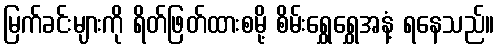
မြက်ခင်းများကို ရိတ်ဖြတ်ထားစမို့ စိမ်းရွှေရွှေအနံ့ ရနေသည်။